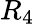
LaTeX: R_{4}